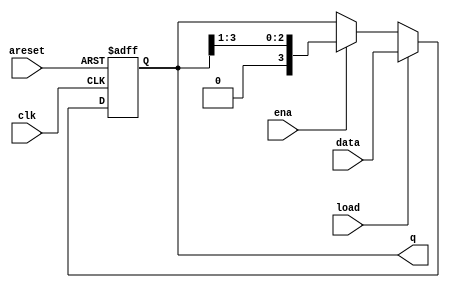
module top_module(
    input clk,
    input areset,  // async active-high reset to zero
    input load,
    input ena,
    input [3:0] data,
    output reg [3:0] q); 
    
    always @(posedge clk or posedge areset) begin
        if (areset) q <= 0;
        else if (load) q <= data;
        else if (ena) q <= {1'b0,q[3:1]};
        else q <= q;
    end
endmodule